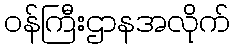
ဝန်ကြီးဌာနအလိုက်